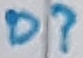
Text: D?